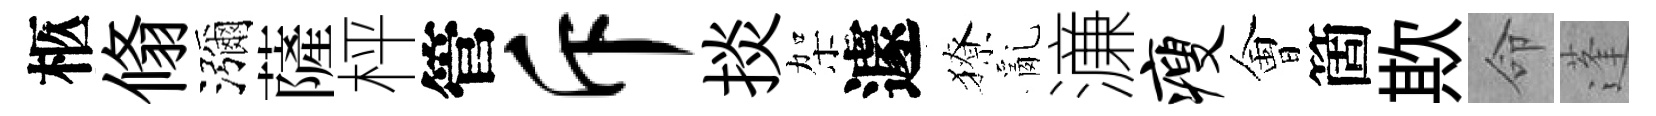
柩翛瀰薩枰管斥掞架遽獠亂濓瘦㑹箇欺命蓬